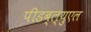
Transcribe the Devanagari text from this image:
पीडब्ल्युएल